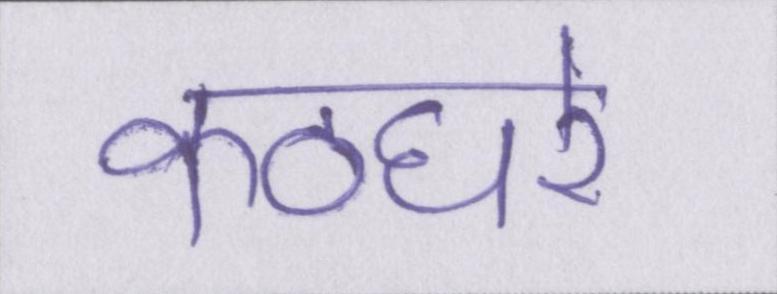
कठघरे